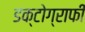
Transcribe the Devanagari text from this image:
डक्टोग्राफी